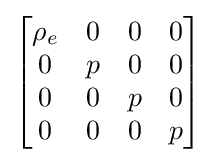
\left[{\begin{matrix}\rho _{e}&0&0&0\\0&p&0&0\\0&0&p&0\\0&0&0&p\end{matrix}}\right]